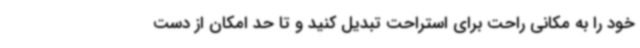
خود را به مکانی راحت برای استراحت تبدیل کنید و تا حد امکان از دست